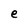
Character: e